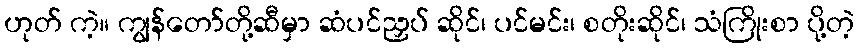
ဟုတ် ကဲ့။ ကျွန်တော်တို့ဆီမှာ ဆံပင်ညှပ် ဆိုင်၊ ပင်မင်း၊ စတိုးဆိုင်၊ သံကြိုးစာ ပို့တဲ့